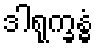
ဒါရုက္ခန္ဓံ